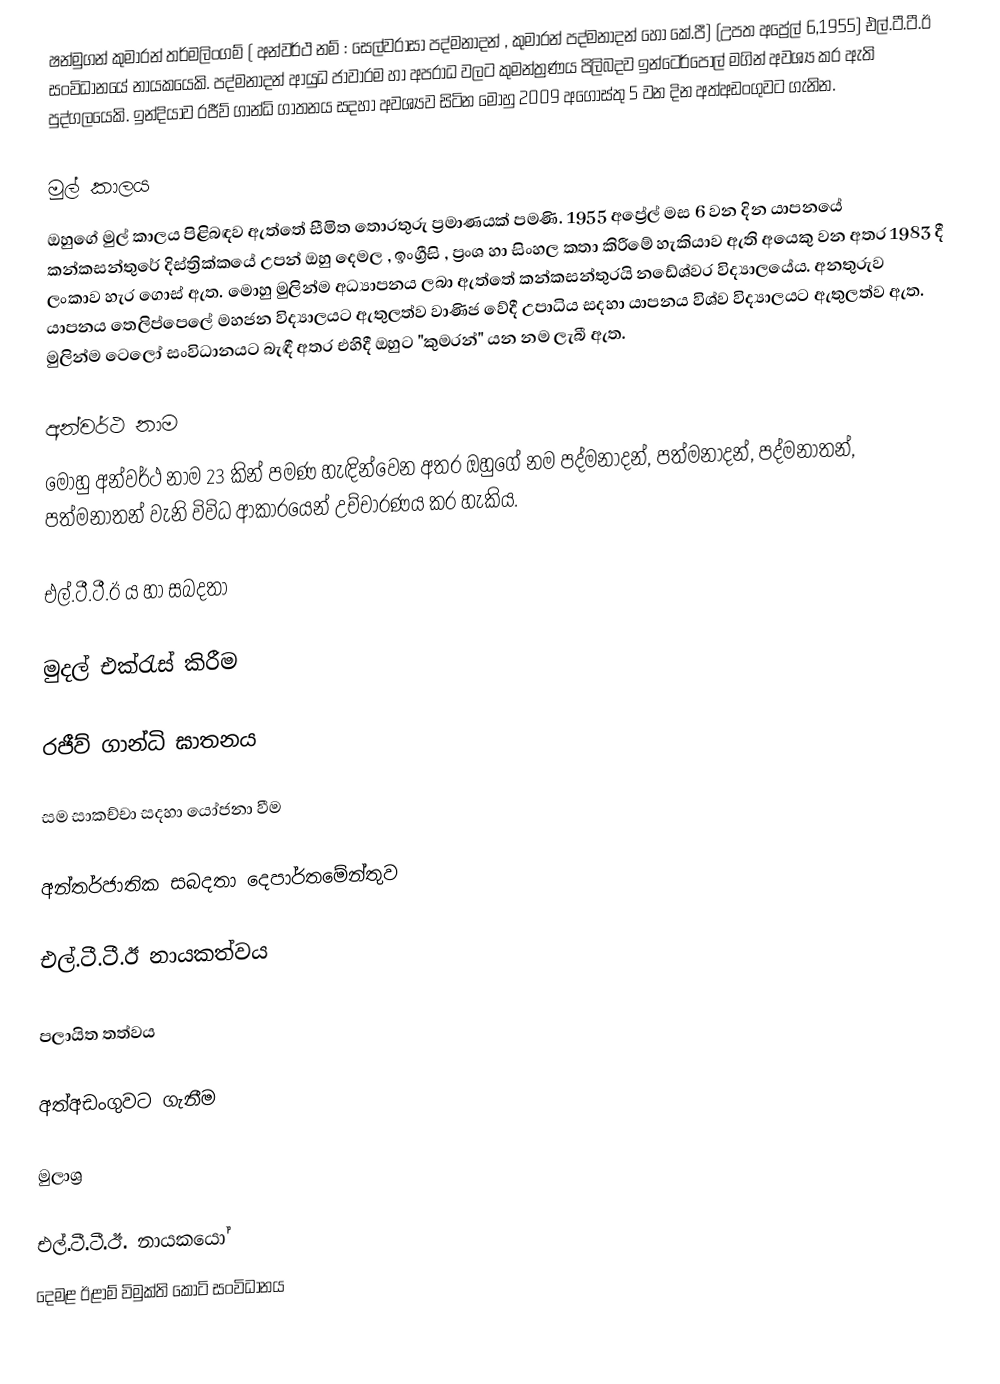
ෂන්මුගන් කුමාරන් තර්මලිංගම් ( අන්වර්ථ නම් : සෙල්වරාසා පද්මනාදන් , කුමාරන් පද්මනාදන් හෝ කේ.පී) (උපත අප්‍රේල් 6,1955) එල්.ටී.ටී.ඊ සංවිධානයේ නායකයෙකි. පද්මනාදන් ආයුධ ජාවාරම හා අපරාධ වලට කුමන්ත්‍රණය පිලිබදව ඉන්ටෙර්පොල් මගින් අවශ්‍ය කර ඇති පුද්ගලයෙකි. ඉන්දියාව රජීව් ගාන්ධි ගාතනය සදහා අවශ්‍යව සිටින මොහු 2009 අගෝස්තු 5 වන දින අත්අඩංගුවට ගැනින.

මුල් කාලය
ඔහුගේ මුල් කාලය පිළිබඳව ඇත්තේ සීමිත තොරතුරු ප්‍රමාණයක් පමණි. 1955 අප්‍රේල් මස 6 වන දින යාපනයේ කන්කසන්තුරේ දිස්ත්‍රික්කයේ උපන් ඔහු දෙමල , ඉංග්‍රීසි , ප්‍රංශ හා සිංහල කතා කිරීමේ හැකියාව ඇති අයෙකු වන අතර 1983 දී ලංකාව හැර ගොස් ඇත. මොහු මුලින්ම අධ්‍යාපනය ලබා ඇත්තේ කන්කසන්තුරයි නඩේශ්වර විද්‍යාලයේය. අනතුරුව යාපනය තෙලිප්පෙලේ මහජන විද්‍යාලයට ඇතුලත්ව  වාණිජ වේදී උපාධිය සදහා යාපනය විශ්ව විද්‍යාලයට ඇතුලත්ව ඇත. මුලින්ම ටෙලෝ සංවිධානයට  බැඳී අතර එහිදී ඔහුට "කුමරන්" යන නම ලැබී ඇත.

අන්වර්ථ නාම
මොහු අන්වර්ථ නාම 23 කින් පමණ හැඳින්වෙන අතර ඔහුගේ නම පද්මනාදන්, පත්මනාදන්, පද්මනාතන්, පත්මනාතන් වැනි විවිධ ආකාරයෙන් උච්චාරණය කර හැකිය.

එල්.ටී.ටී.ඊ ය හා සබදතා

මුදල් එක්රැස් කිරීම

රජීව් ගාන්ධි ඝාතනය

සම සාකච්චා සදහා යෝජනා වීම

අන්තර්ජාතික සබදතා දෙපාර්තමේන්තුව

එල්.ටී.ටී.ඊ නායකත්වය

පලායිත තත්වය

අත්අඩංගුවට ගැනීම

මුලාශ්‍ර

එල්.ටී.ටී.ඊ. නායකයෝ
දෙමළ ඊළාම් විමුක්ති කොටි සංවිධානය